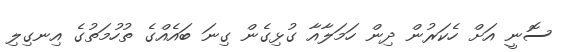
ސޮނީ އަށް ހެކަރުން ދިން ހަމަލާއާ ގުޅިގެން ގިނަ ބައެއްގެ ތުހުމަތުގެ އިނގިލި